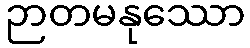
ဉာတမနုဿော